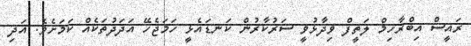
ރައީސް އިބްރާހިމް ލަތީފް ވިދާޅުވީ ސަރުކާރުން ކަނޑައެޅީ ހަމަޖެހޭ އަދަދުތަކެއް ކަމަށެވެ. އަދި